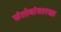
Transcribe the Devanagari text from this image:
संतोबांसारखा